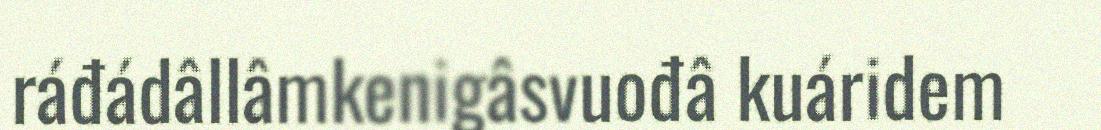
ráđádâllâmkenigâsvuođâ kuáridem